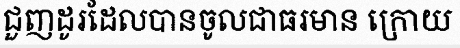
ជួញដូរដែលបានចូលជាធរមាន ក្រោយ